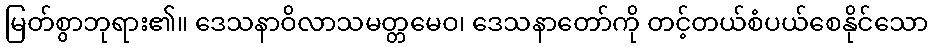
မြတ်စွာဘုရား၏။ ဒေသနာဝိလာသမတ္တမေဝ၊ ဒေသနာတော်ကို တင့်တယ်စံပယ်စေနိုင်သော